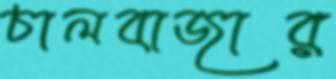
চালবাজার